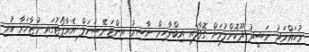
މުހައްމަދު ނަޝީދު ދޫކޮށްލުމަށް ގޮވާލައި އިބްރާހިމް ނާސިރު އިންޓަނޭޝަނަލް އެއާޕޯޓުގައި މުޒާހަރާ ކުރި